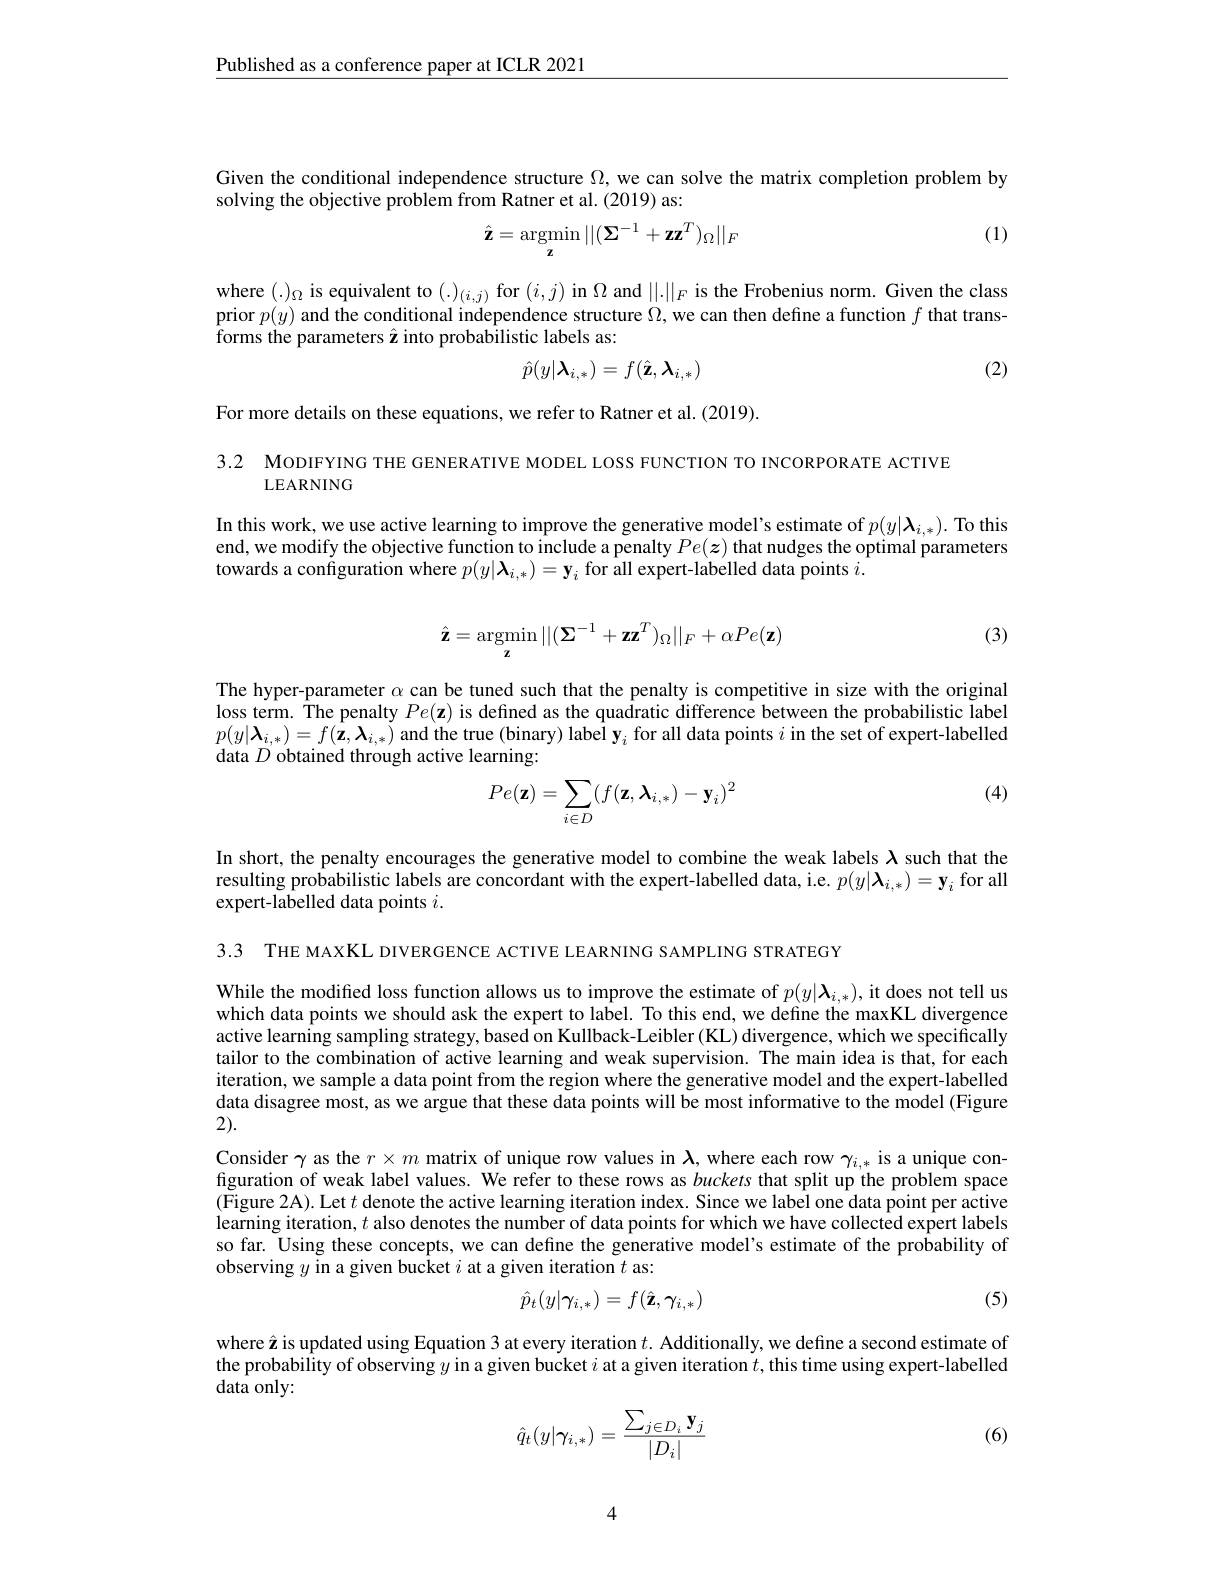
$\underline{\text{Published as a conference paper at ICLR 2021}}$

Given the conditional independence structure $\Omega$, we can solve the matrix completion problem by
solving the objective problem from Ratner et al. (2019) as:

(1)
$$\hat{\mathbf{z}}=\underset{\mathbf{z}}{\operatorname*{argmin}}||(\boldsymbol{\Sigma}^{-1}+\mathbf{z}\mathbf{z}^{T})_{\Omega}||_{F}$$
where $(.)_\Omega$ is equivalent to $(.)_(i,j)$ for $(i,j)$ in $\Omega$ and $||.||_F$ is the Frobenius norm. Given the class prior $p(y)$ and the conditional independence structure $\Omega$, we can then define a function $f$ that transforms the parameters $\hat{\mathbf{z}}$ into probabilistic labels as:
$$\hat{p}(y|\boldsymbol{\lambda}_{i,*})=f(\hat{\mathbf{z}},\boldsymbol{\lambda}_{i,*})$$
(2)

For more details on these equations, we refer to Ratner et al. (2019).

3.2 MODIFYING THE GENERATIVE MODEL LOSS FUNCTION TO INCORPORATE ACTIVE
LEARNING

In this work, we use active learning to improve the generative model's estimate of $p(y|\boldsymbol{\lambda}_{i,*}).$ To this end, we modify the objective function to include a penalty $Pe(\boldsymbol{z})$ that nudges the optimal parameters towards a configuration where $p(y|\boldsymbol{\lambda}_{i,*})=\mathbf{y}_i$ for all expert-labelled data points $i.$
$$\hat{\mathbf{z}}=\underset{\mathbf{z}}{\operatorname*{argmin}}||(\boldsymbol{\Sigma}^{-1}+\mathbf{z}\mathbf{z}^{T})_{\Omega}||_{F}+\alpha Pe(\mathbf{z})$$
(3)

The hyper-parameter $\alpha$ can be tuned such that the penalty is competitive in size with the original loss term. The penalty $Pe(\mathbf{z})$ is defined as the quadratic difference between the probabilistic label $p(y|\boldsymbol{\lambda}_{i,*})=f(\mathbf{z},\boldsymbol{\lambda}_{i,*})$ and the true (binary) label $\mathbf{y}_i$ for all data points $i$ in the set of expert-labelled data $D$ obtained through active learning:
$$Pe(\mathbf{z})=\sum_{i\in D}(f(\mathbf{z},\boldsymbol{\lambda}_{i,*})-\mathbf{y}_i)^2$$
(4)

In short, the penalty encourages the generative model to combine the weak labels $\lambda$ such that the resulting probabilistic labels are concordant with the expert-labelled data, i.e. $p(y|\boldsymbol{\lambda}_{i,*})=\mathbf{y}_i$ for all expert-labelled data points $i.$

3.3 THE MAXKL DIVERGENCE ACTIVE LEARNING SAMPLING STRATEGY

While the modified loss function allows us to improve the estimate of $p(y|\lambda_{i,*})$, it does not tell us which data points we should ask the expert to label. To this end, we define the maxKL divergence active learning sampling strategy, based on Kullback-Leibler (KL) divergence, which we specifically tailor to the combination of active learning and weak supervision. The main idea is that, for each iteration, we sample a data point from the region where the generative model and the expert-labelled data disagree most, as we argue that these data points will be most informative to the model (Figure 2).

Consider $\gamma$ as the $r\times m$ matrix of unique row values in $\lambda$, where each row $\gamma_{i,*}$ is a unique configuration of weak label values. We refer to these rows as buckets that split up the problem space (Figure 2A). Let $t$ denote the active learning iteration index. Since we label one data point per active learning iteration, $t$ also denotes the number of data points for which we have collected expert labels so far. Using these concepts, we can define the generative model's estimate of the probability of observing $y$ in a given bucket $i$ at a given iteration $t$ as:

(5)
$$\hat{p}_t(y|\gamma_{i,*})=f(\hat{\mathbf{z}},\gamma_{i,*})$$
where $\hat{\mathbf{z}}$ is updated using Equation 3 at every iteration $t.$ Additionally, we define a second estimate of the probability of observing $y$ in a given bucket $i$ at a given iteration $t$,this time using expert-labelled data only:
$$\hat{q}_t(y|\gamma_{i,*})=\frac{\sum_{j\in D_i}\mathbf{y}_j}{|D_i|}$$
(6)

4